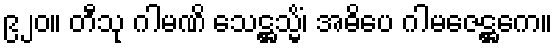
၉၂၀။ တီသု ဂါမဏိ သေဋ္ဌသ္မိံ၊ အဓိပေ ဂါမဇေဋ္ဌကေ။